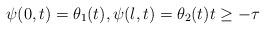
LaTeX: \begin{align*} \psi(0, t) = \theta_{1}(t), \psi(l, t) = \theta_{2}(t) t \geq -\tau \end{align*}